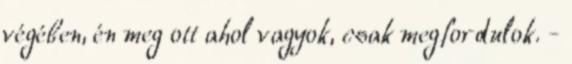
végében, én meg ott ahol vagyok, csak megfordulok. -